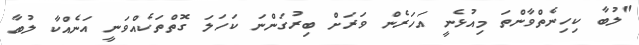
"ލުބާ ކިހިނެތްވާންތަ މިއުޅެނީ އަހަރެން ވަރަށް ބިރުގަންނަ ކަހަލަ ގޮތްތަކެއްވަނީ އަނެއްކާ ލުބާ